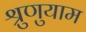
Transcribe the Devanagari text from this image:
श्रुणुयाम